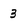
Character: 3